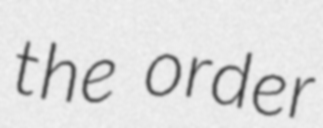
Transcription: the order